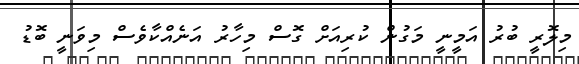
މިލޮރީ ބުރު އަމީނީ މަގުން ކުރިއަށް ގޮސް މިހާރު އަނެއްކާވެސް މިވަނީ ބޮޑު